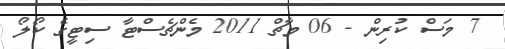
7 މަސް ކުރިން - 06 މާޗް 2011 މެންޗެސްޓާ ސިޓީގެ ކޯލޯ